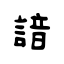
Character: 諳